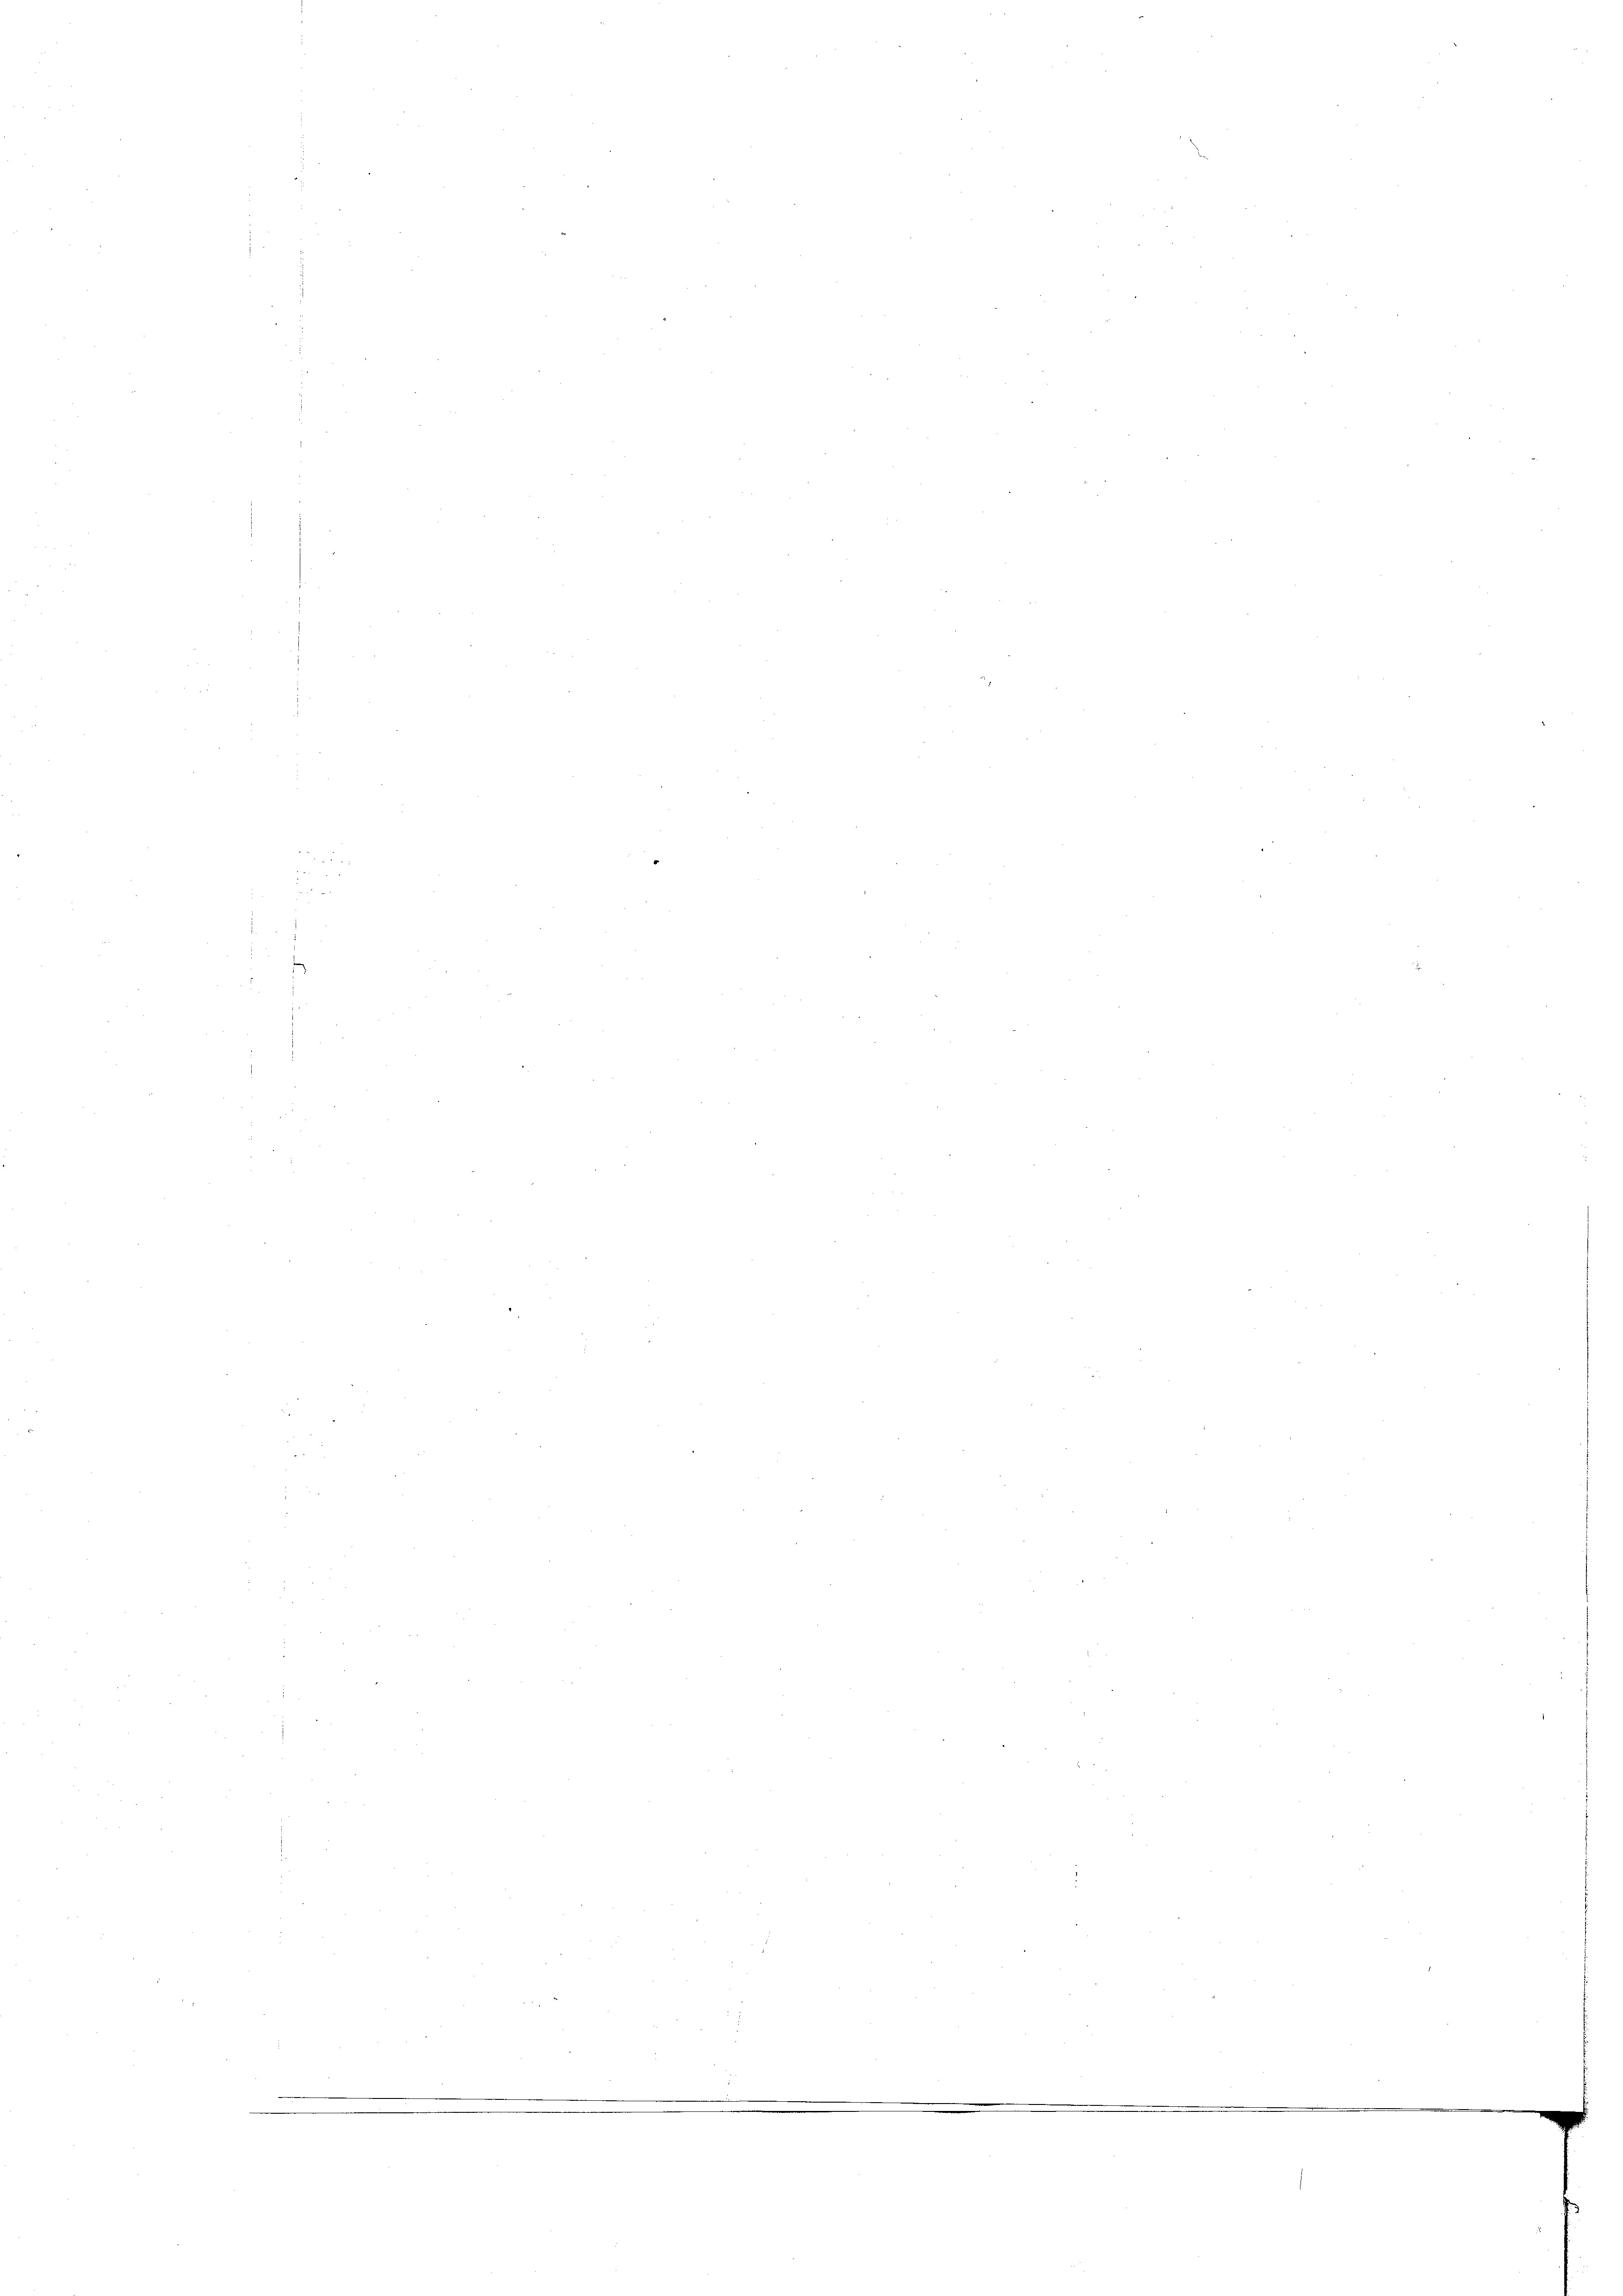
s
e

.

d

2

05

28
.
.
.
.

u
d
m

¬

e